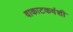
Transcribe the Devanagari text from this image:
वाकाटकवंशी